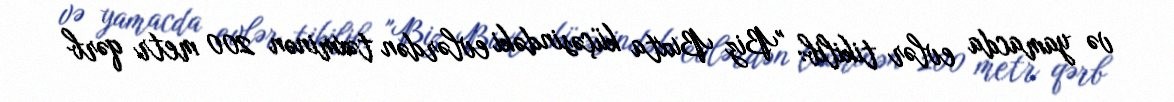
və yamacda evlər tikilib: "Biz Buxta küçəsindəki evlərdən təxminən 200 metr qərb